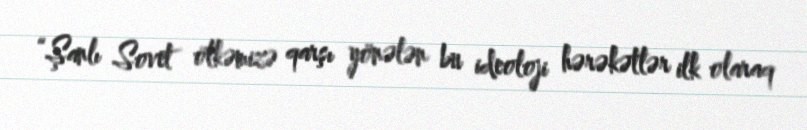
“Şanlı Sovet ölkəmizə qarşı yönələn bu ideoloji hərəkətlər ilk olaraq